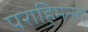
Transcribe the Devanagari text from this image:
पराहिमनद